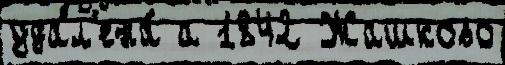
удал'ена́ а 1842 Жашково